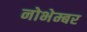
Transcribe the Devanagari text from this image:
नोभेम्बर